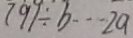
7 9 1 \div b \cdots 2 a